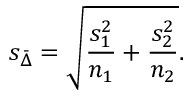
s _ { \bar { \Delta } } = { \sqrt { { \frac { s _ { 1 } ^ { 2 } } { n _ { 1 } } } + { \frac { s _ { 2 } ^ { 2 } } { n _ { 2 } } } } } .